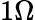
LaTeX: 1\Omega